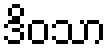
ဒိဝသာ